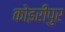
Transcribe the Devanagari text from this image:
कोइरीपुर